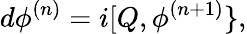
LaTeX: d\phi^{(n)}=i[Q,\phi^{(n+1)}\} ,